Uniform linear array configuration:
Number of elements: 48
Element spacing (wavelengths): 0.5
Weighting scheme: hamming
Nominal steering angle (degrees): -15
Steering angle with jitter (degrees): -16.668
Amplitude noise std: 0.05
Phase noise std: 0.05

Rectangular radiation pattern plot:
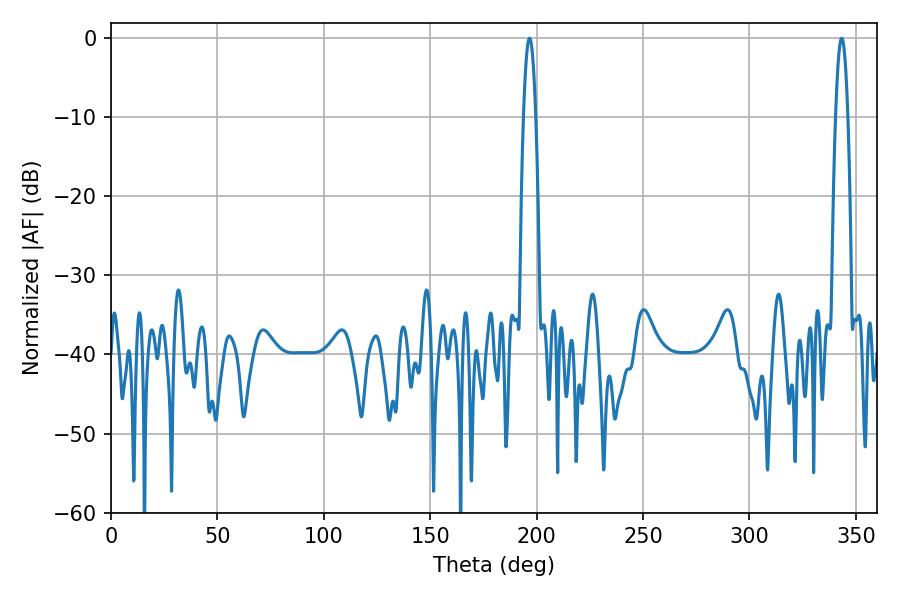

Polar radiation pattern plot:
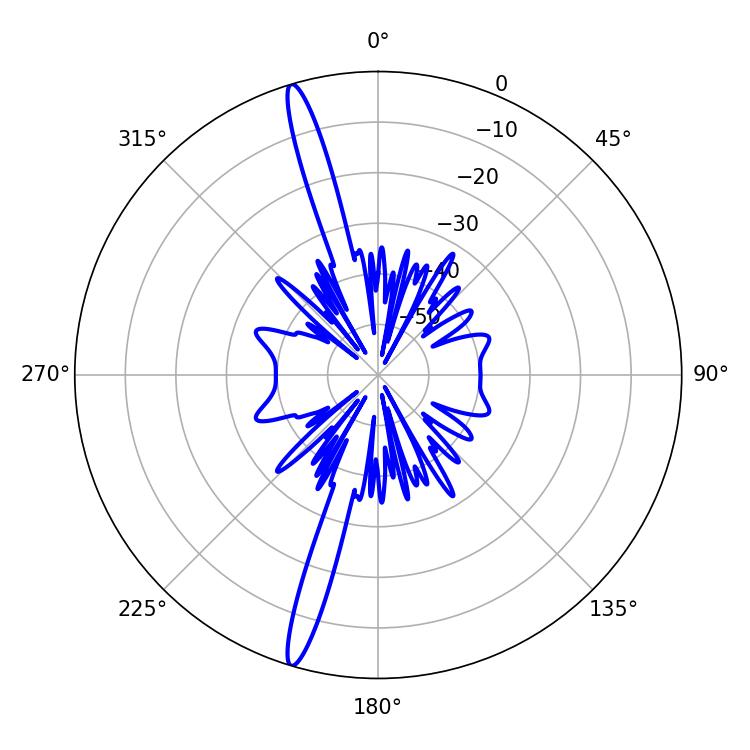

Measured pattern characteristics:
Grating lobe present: FALSE
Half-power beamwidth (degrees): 3.06
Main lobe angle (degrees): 343.26